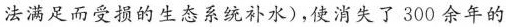
法满足而受损的生态系统补水)，使消失了 300 余年的